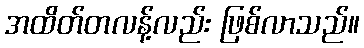
အထိတ်တလန့်လည်း ဖြစ်လာသည်။